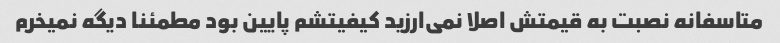
متاسفانه نصبت به قیمتش اصلا نمی‌ارزید کیفیتشم پایین بود مطمئنا دیگه نمیخرم